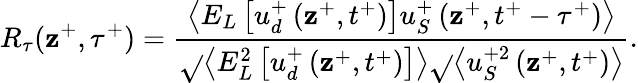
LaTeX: R_{\tau}(\mathbf{z}^{+},\tau^{+})=\frac{{\left<E_{L}\left[u_{d}^{+}\left(\mathbf{z}^{+},t^{+}\right)\right]u_{S}^{+}\left(\mathbf{z}^{+},t^{+}-\tau^{+}\right)\right>}}{{\sqrt{}{{\left<E_{L}^{2}\left[u_{d}^{+}\left(\mathbf{z}^{+},t^{+}\right)\right]\right>}}\sqrt{}{{\left<u_{S}^{+2}\left(\mathbf{z}^{+},t^{+}\right)\right>}}}}.